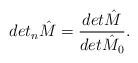
\begin{align*}det_n{\hat M}=\frac{det{\hat M}}{det{\hat M_0}}.\end{align*}